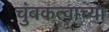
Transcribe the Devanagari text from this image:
चुंबकत्वाच्या